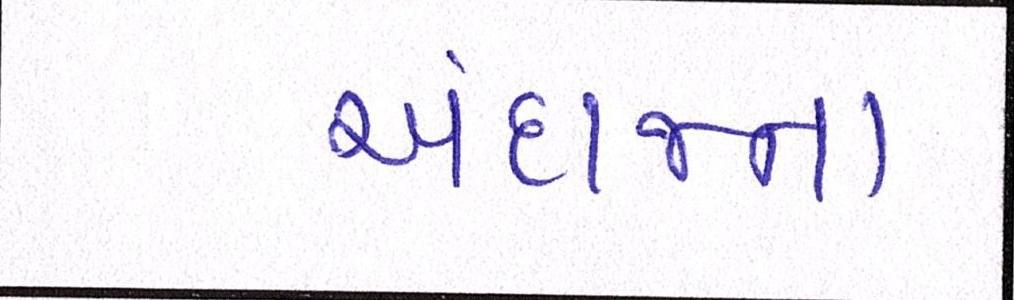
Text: અંદાજના